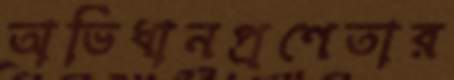
অভিধানপ্রণেতার